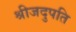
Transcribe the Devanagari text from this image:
श्रीजदुपति